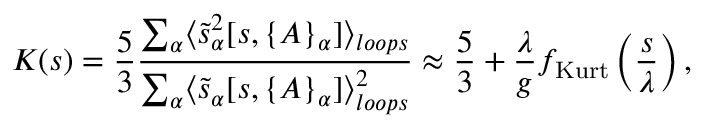
{ \cal K } ( s ) = \frac 5 3 \frac { \sum _ { \alpha } \langle \tilde { s } _ { \alpha } ^ { 2 } [ s , \{ A \} _ { \alpha } ] \rangle _ { l o o p s } } { \sum _ { \alpha } \langle \tilde { s } _ { \alpha } [ s , \{ A \} _ { \alpha } ] \rangle _ { l o o p s } ^ { 2 } } \approx \frac { 5 } { 3 } + \frac { \lambda } { g } f _ { \mathrm { K u r t } } \left( \frac { s } { \lambda } \right) ,